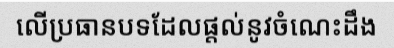
លើប្រធានបទដែលផ្តល់នូវចំណេះដឹង